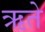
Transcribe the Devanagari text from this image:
ऋते